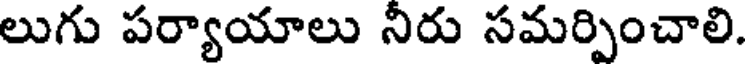
లుగు పర్యాయాలు నిరు సమర్పించాలి.